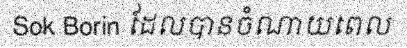
Sok Borin ដែលបានចំណាយពេល